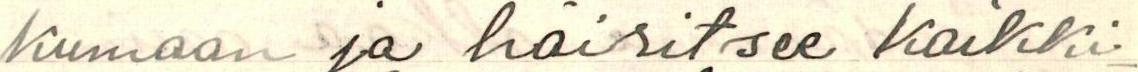
kumaan ja häiritsee kaikki-